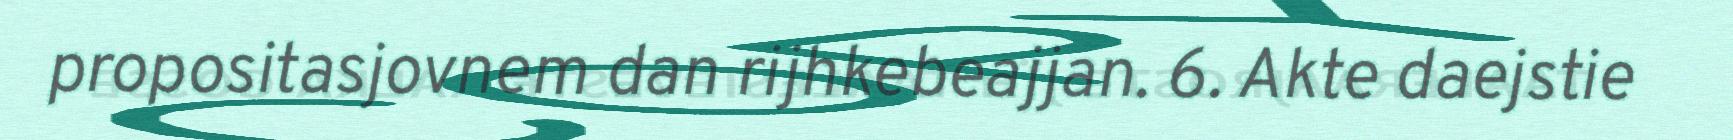
propositasjovnem dan rijhkebeajjan. 6. Akte daejstie